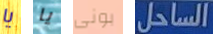
يا يا بونى الساحل